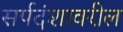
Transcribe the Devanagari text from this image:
सर्पदंशावरील